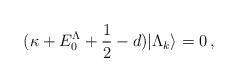
LaTeX: \begin{align*}(\kappa +E_0^\Lambda+\frac{1}{2}-d)|\Lambda_k\rangle=0\,,\end{align*}